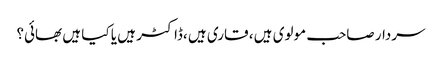
سردار صاحب مولوی ہیں ، قاری ہیں ،ڈاکٹر ہیں یا کیا ہیں بھائی؟